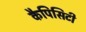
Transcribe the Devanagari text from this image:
कैपिसिटी